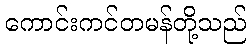
ကောင်းကင်တမန်တို့သည်